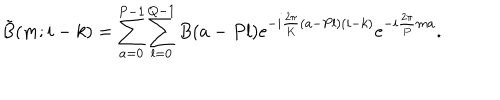
LaTeX: \tilde { B } ( m ; i - k ) = \sum _ { a = 0 } ^ { P - 1 } \sum _ { l = 0 } ^ { Q - 1 } B ( a - P l ) \mathrm { e } ^ { - i { \frac { 2 \pi } { K } } ( a - P l ) ( i - k ) } \mathrm { e } ^ { - i { \frac { 2 \pi } { P } } m a } .